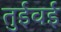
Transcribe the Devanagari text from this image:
तुईवई